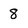
Character: 8